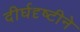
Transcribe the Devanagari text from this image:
दीर्घदृष्टीने